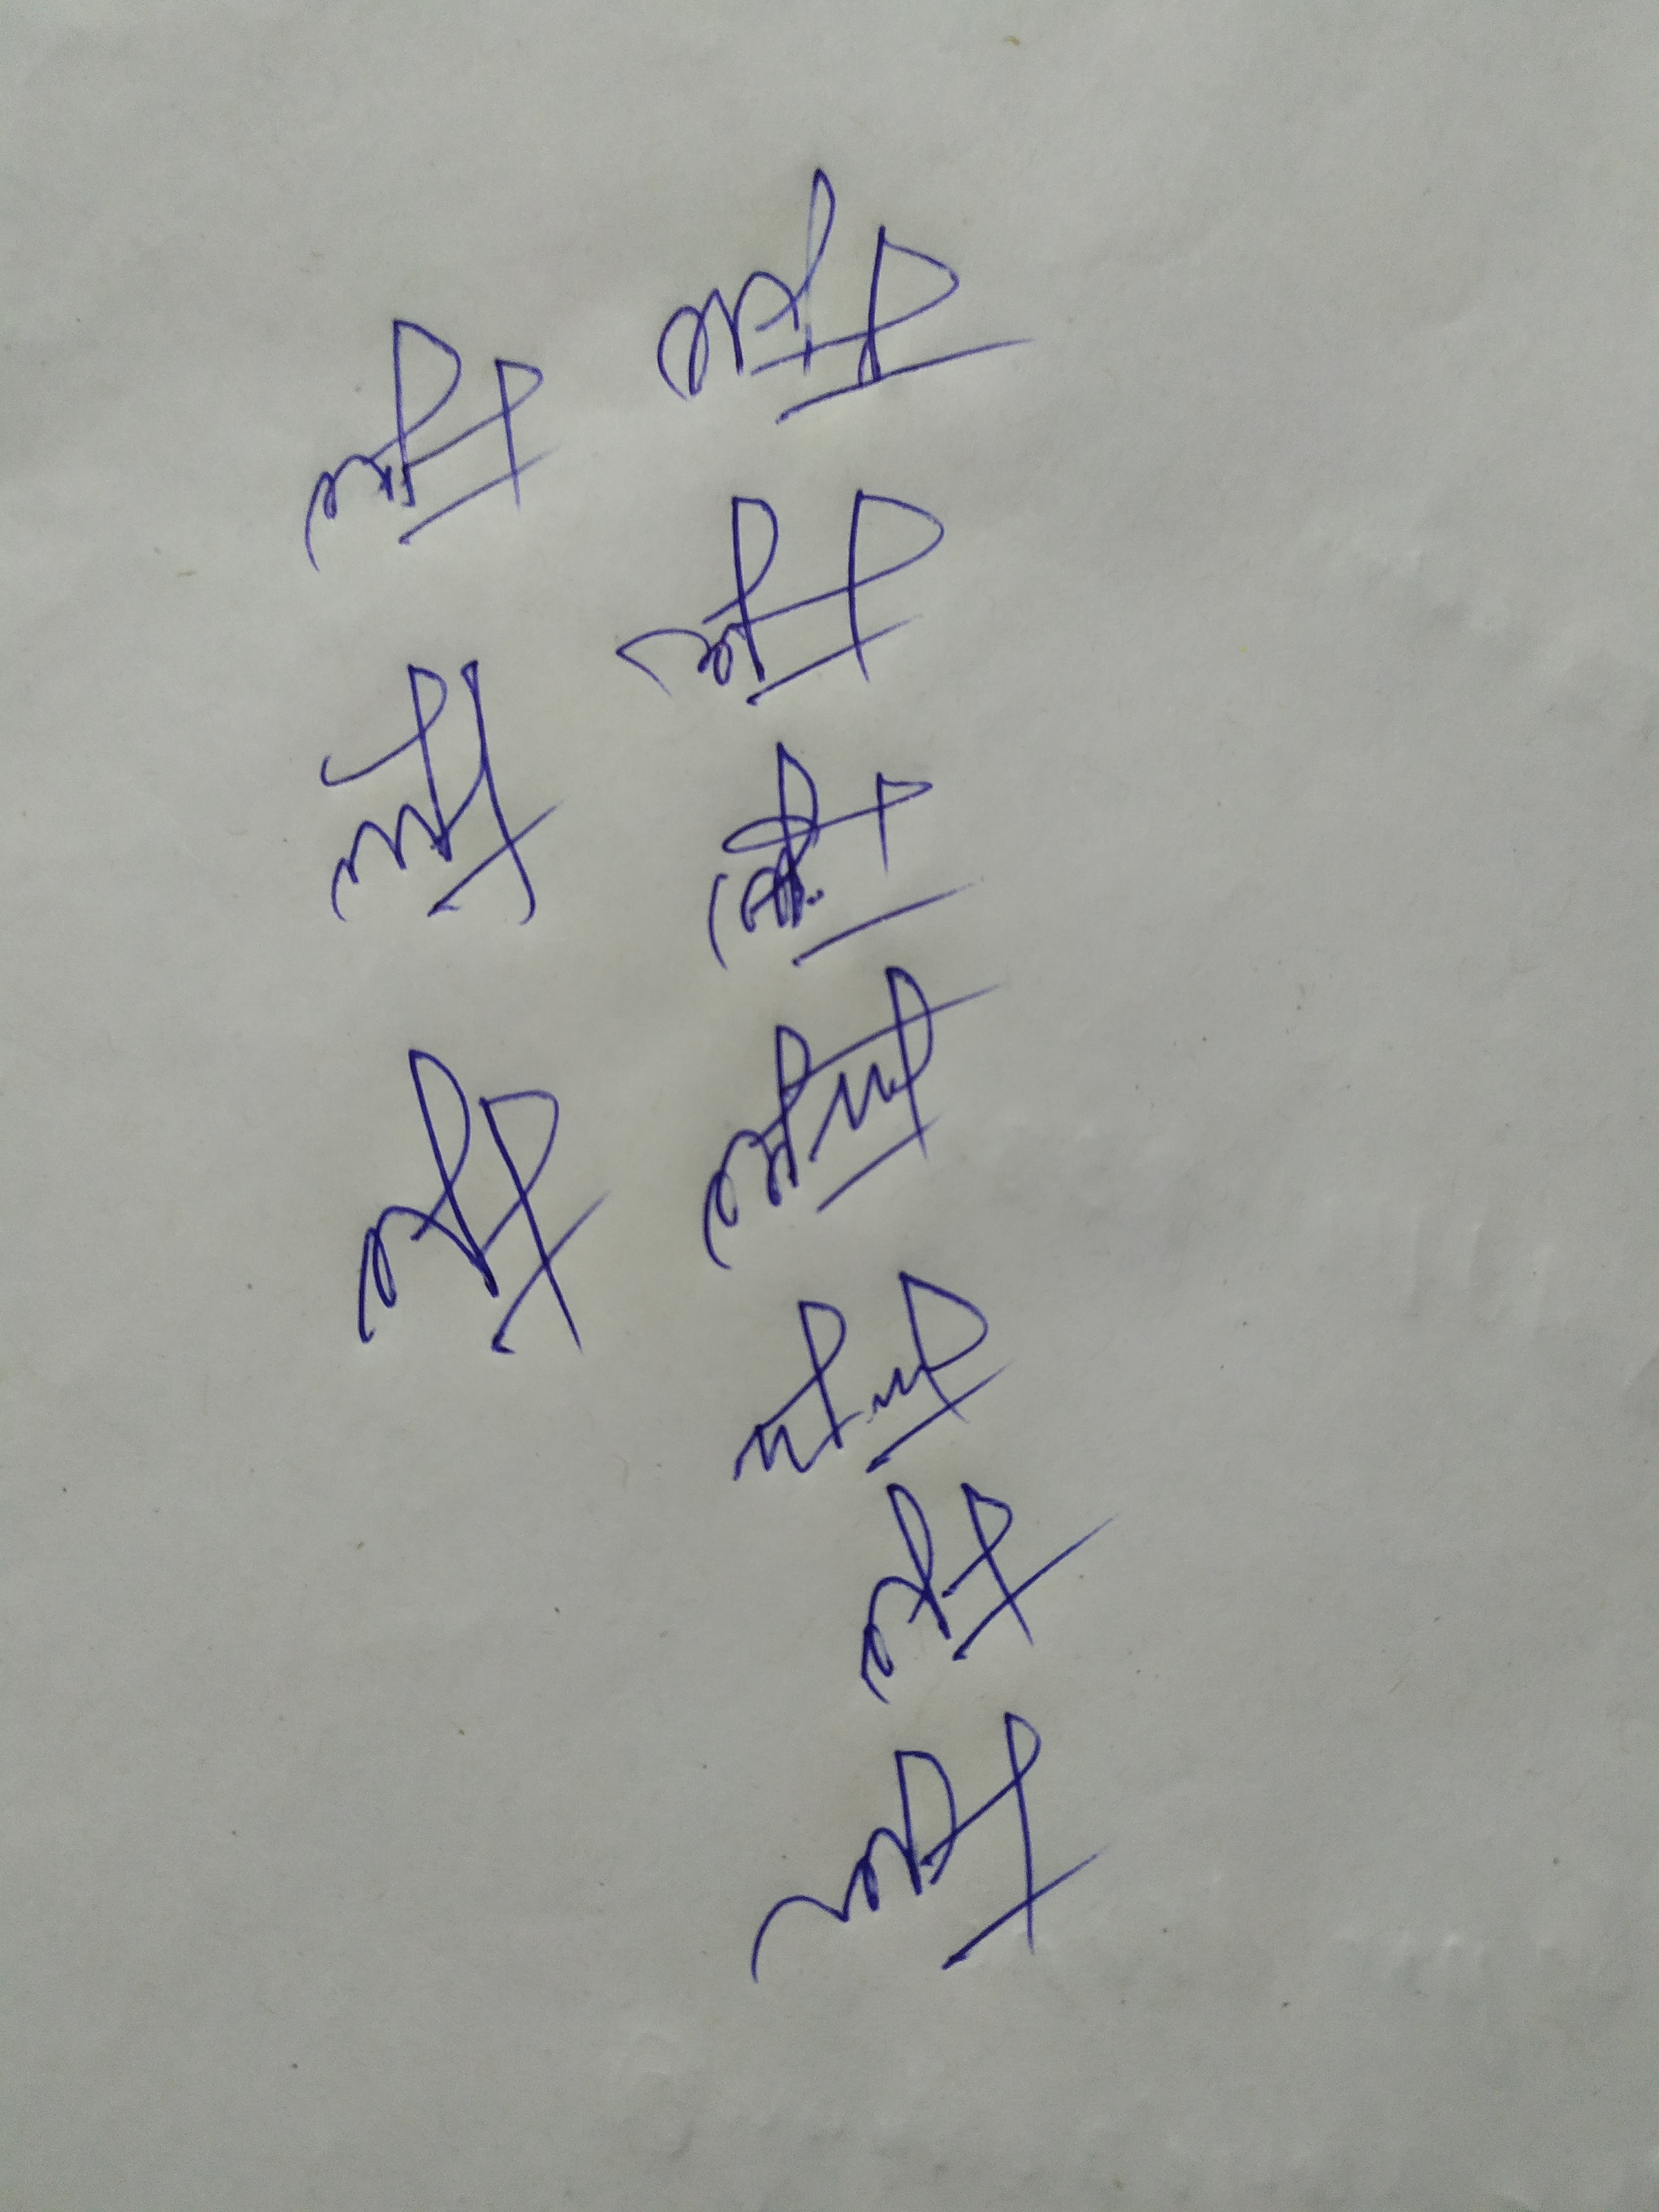
Signature authenticity: forged